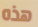
هذه